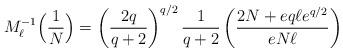
LaTeX: \begin{align*}M_{\ell}^{-1}\Big(\frac{1}{N}\Big)=\left(\frac{2q}{q+2}\right)^{q/2}\frac{1}{q+2}\left(\frac{2N+eq\ell e^{q/2}}{eN\ell}\right)\end{align*}